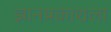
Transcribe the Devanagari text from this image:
ज्ञानप्रकाशला